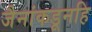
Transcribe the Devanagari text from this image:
जैनांकडूनहि